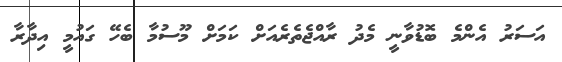
އަސަރު އެންމެ ބޮޑުވާނީ މެދު ރާއްޖެތެރެއަށް ކަމަށް މޫސުމާ ބެހޭ ގައުމީ އިދާރާ